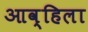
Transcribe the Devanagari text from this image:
आव्हिला